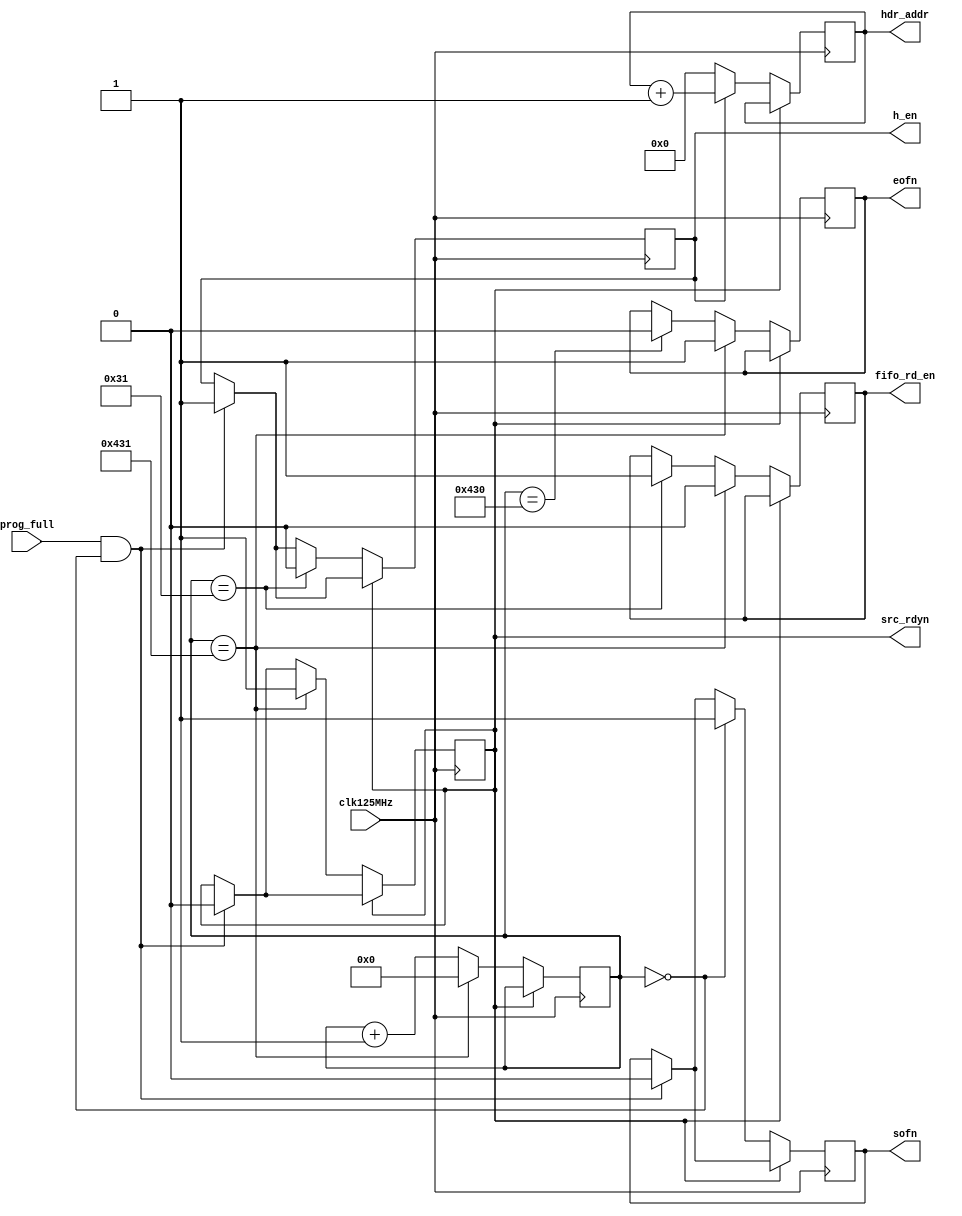
`timescale 1ns / 1ps
//////////////////////////////////////////////////////////////////////////////////
// Company: 
// Engineer: 
// 
// Design Name: 
// Module Name:    fifo_ctrl 
// Project Name: 
// Target Devices: 
// Tool versions: 
// Description: 
//
// Dependencies: 
//
// Revision: 
// Revision 0.01 - File Created
// Additional Comments: 
//
//////////////////////////////////////////////////////////////////////////////////
module fifo_ctrl(input clk125MHz,
input prog_full,
output reg sofn=1,
output reg eofn=1,
output reg src_rdyn=1,
output reg fifo_rd_en=0,
output reg h_en=0,
output reg [7:0] hdr_addr=0
    );

parameter hdrsize=49;
parameter datalen=1024;
reg [15:0]count=0;

always@(posedge clk125MHz)
begin
if (prog_full & (count==0))
	begin
		src_rdyn<=0;
		sofn<=0;
		//fifo_rd_en<=1;
		h_en<=1;
	end
if (src_rdyn==0)
	begin
		count<=count+1;
	if (h_en)
		begin
			hdr_addr<=hdr_addr+1;
		end
		else begin
			hdr_addr<=0; end
	if (count==0)
		begin
			sofn<=1;
		end
	if (count==hdrsize)
		begin
			h_en<=0;
			fifo_rd_en<=1;
		end
	if (count==datalen+hdrsize-1)
		begin
			eofn<=0;
		end
	if (count==datalen+hdrsize)
		begin
			eofn<=1;
			src_rdyn<=1;
			count<=0;
			fifo_rd_en<=0;
		end
	end
end
endmodule